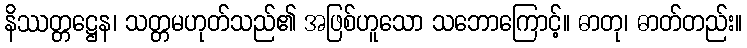
နိဿတ္တဋ္ဌေန၊ သတ္တမဟုတ်သည်၏ အဖြစ်ဟူသော သဘောကြောင့်။ ဓာတု၊ ဓာတ်တည်း။